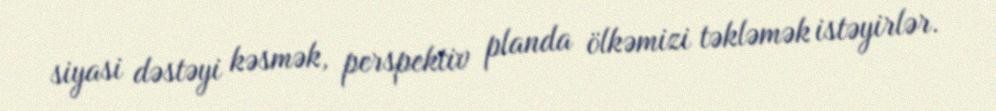
siyasi dəstəyi kəsmək, perspektiv planda ölkəmizi təkləmək istəyirlər.